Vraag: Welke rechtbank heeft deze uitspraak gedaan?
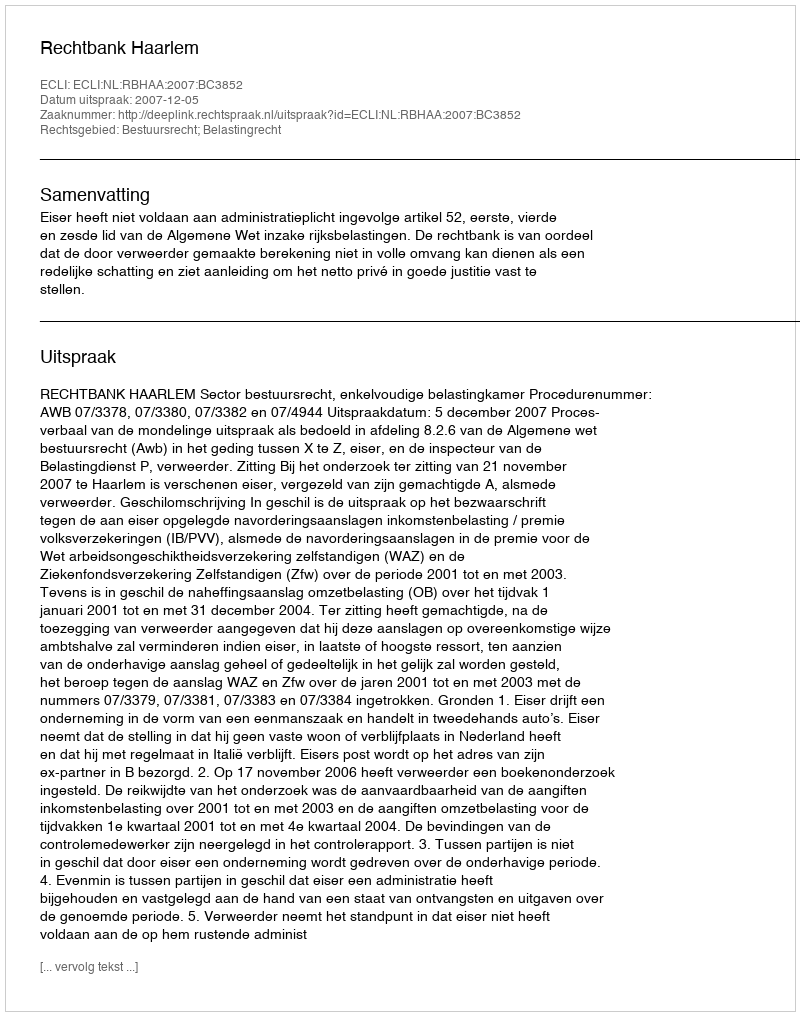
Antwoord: Rechtbank Haarlem